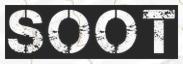
SOOT